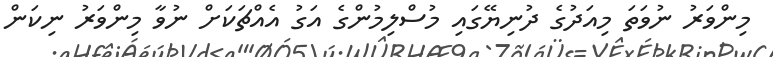
މިންވަރު ނުވަތަ މިއަދުގެ ދުނިޔޭގައި މުސްލިމުންގެ އަގު އެއްޗަކަށް ނުވާ މިންވަރު ނިކަން